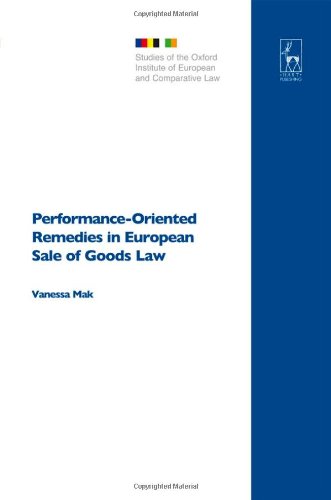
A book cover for Performance-Oriented Remedies in European Sale of Goods Law (Studies of the Oxford Institute of European and Comparative Law); Vanessa Mak; Law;